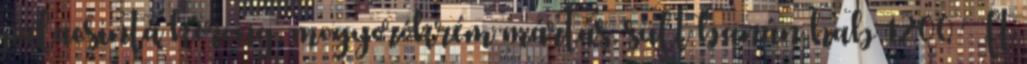
palacsinta korong, mogyorókrém mártás, sült banán hab 1200 Ft